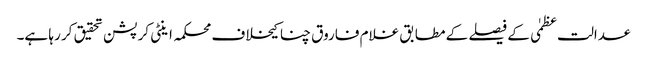
عدالت عظمٰی کے فیصلے کے مطابق غلام فاروق چنا کیخلاف محکمہ اینٹی کرپشن تحقیق کر رہا ہے۔